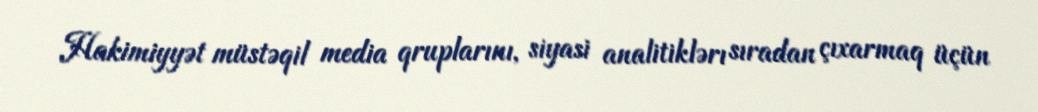
Hakimiyyət müstəqil media qruplarını, siyasi analitiklərı sıradan çıxarmaq üçün